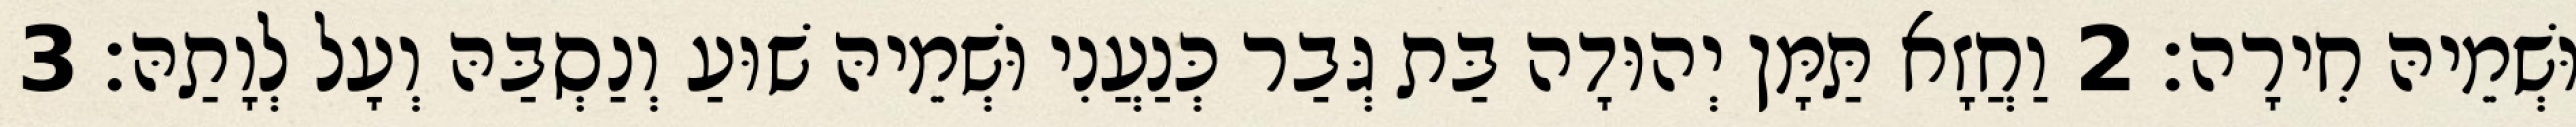
וּשְׁמֵיהּ חִירָה׃ 2 וַחֲזָא תַּמָּן יְהוּדָה בַּת גְּבַר כְּנַעֲנִי וּשְׁמֵיהּ שׁוּעַ וְנַסְבַּהּ וְעָל לְוָתַהּ׃ 3